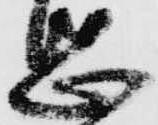
惑